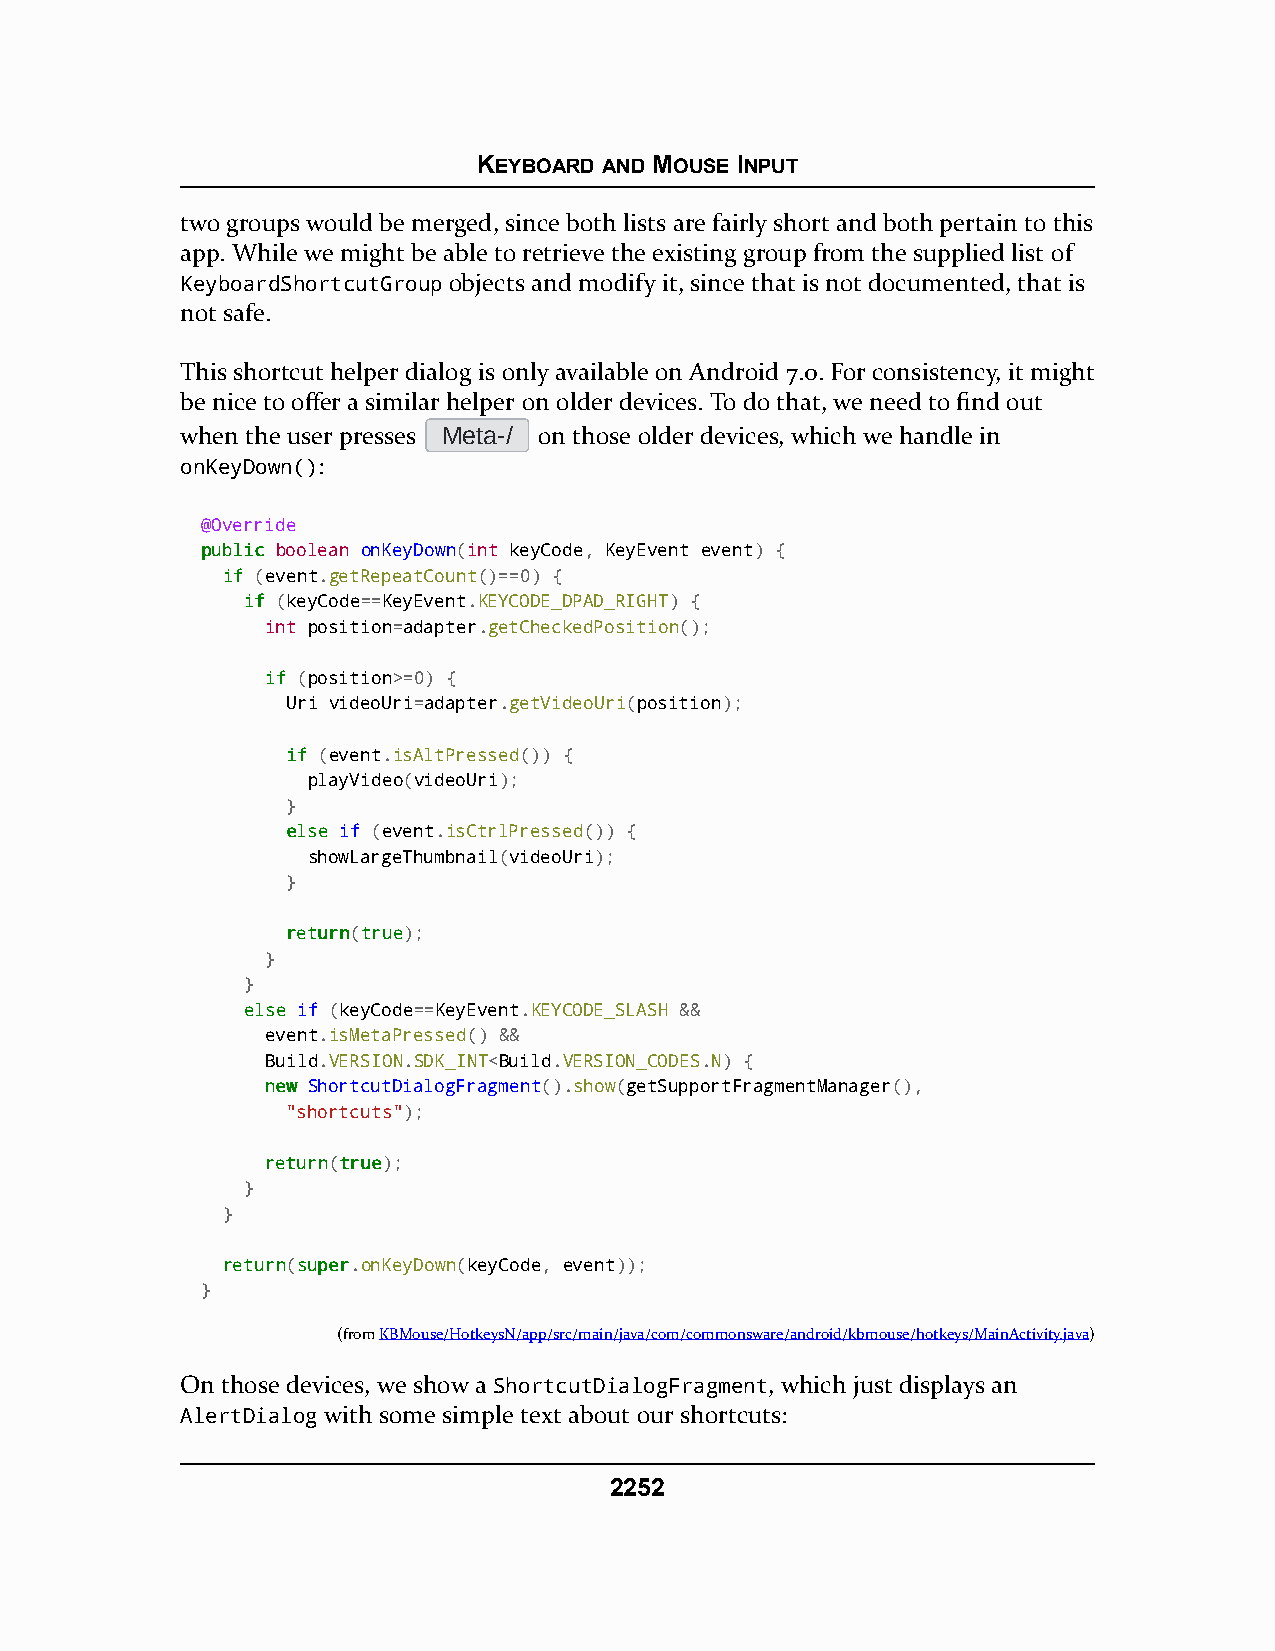
KEYBOARD AND MOUSE INPUT
 two groups would be merged, since both lists are fairly short and both pertain to this
 app. While we might be able to retrieve the existing group from the supplied list of
 KeyboardShortcutGroup objects and modify it, since that is not documented, that is
 not safe.
 This shortcut helper dialog is only available on Android 7.0. For consistency, it might
 be nice to offer a similar helper on older devices. To do that, we need to find out
 when the user presses Meta-/ on those older devices, which we handle in
 onKeyDown():
 @Override
 ppuubblliicc boolean onKeyDown(int keyCode, KeyEvent event) {
 iiff (event.getRepeatCount()==0) {
 iiff (keyCode==KeyEvent.KEYCODE_DPAD_RIGHT) {
 int position=adapter.getCheckedPosition();
 iiff (position>=0) {
 Uri videoUri=adapter.getVideoUri(position);
 iiff (event.isAltPressed()) {
 playVideo(videoUri);
 }
 eellssee if (event.isCtrlPressed()) {
 showLargeThumbnail(videoUri);
 }
 rreettuurrnn(ttrruuee);
 }
 }
 eellssee if (keyCode==KeyEvent.KEYCODE_SLASH &&
 event.isMetaPressed() &&
 Build.VERSION.SDK_INT<Build.VERSION_CODES.N) {
 nneeww ShortcutDialogFragment().show(getSupportFragmentManager(),
 "shortcuts");
 rreettuurrnn(ttrruuee);
 }
 }
 rreettuurrnn(ssuuppeerr.onKeyDown(keyCode, event));
 }
 (fromKBMouse/HotkeysN/app/src/main/java/com/commonsware/android/kbmouse/hotkeys/MainActivity.java)
 On those devices, we show a ShortcutDialogFragment, which just displays an
 AlertDialog with some simple text about our shortcuts:
 2252